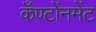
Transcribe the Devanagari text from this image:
कँण्टोंनमेंट